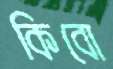
কিবো